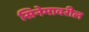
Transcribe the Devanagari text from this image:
सिनेमावरील